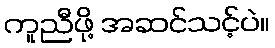
ကူညီဖို့ အဆင်သင့်ပဲ။